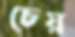
চেয়